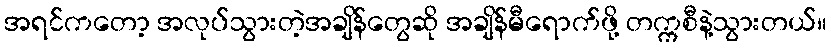
အရင်ကတော့ အလုပ်သွားတဲ့အချိန်တွေဆို အချိန်မီရောက်ဖို့ တက္ကစီနဲ့သွားတယ်။